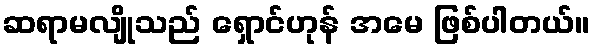
ဆရာမလျိုသည် ရှောင်ဟုန် အမေ ဖြစ်ပါတယ်။